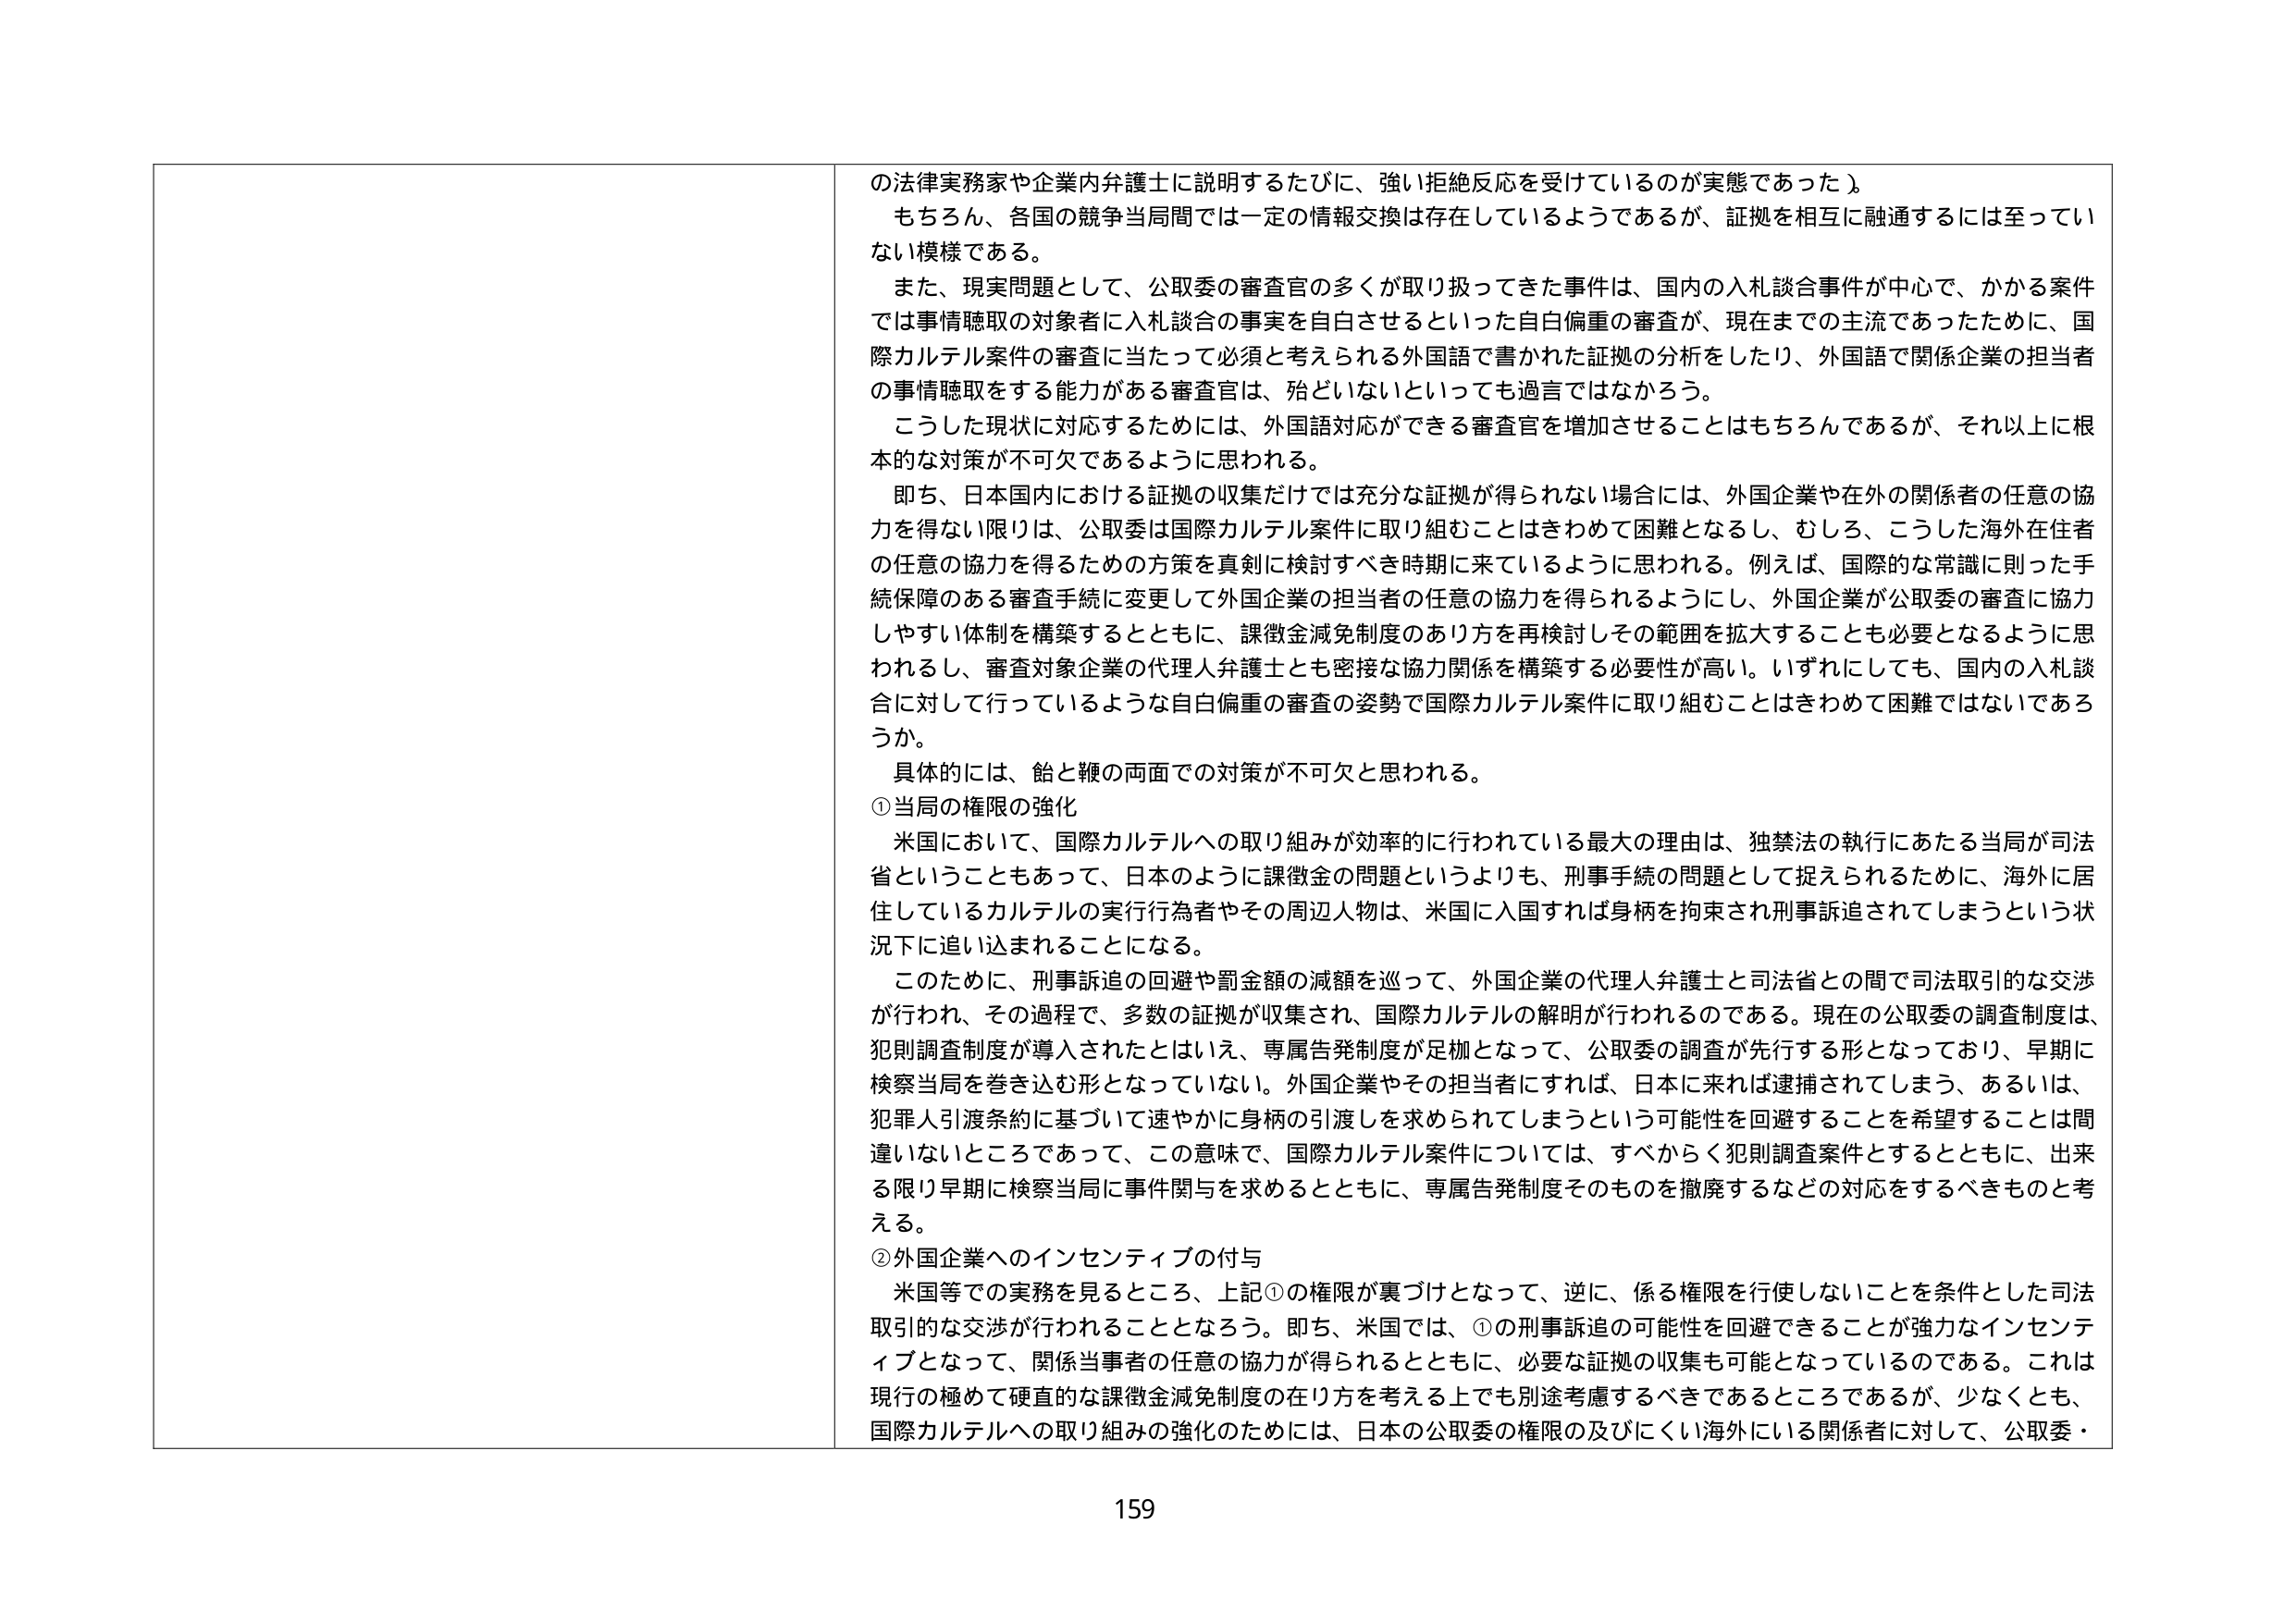
の法律実務家や企業内弁護士に説明するたびに、強い拒絶反応を受けているのが実態であった）。
もちろん、各国の競争当局間では一定の情報交換は存在しているようであるが、証拠を相互に融通するには至ってい
ない模様である。
また、現実問題として、公取委の審査官の多くが取り扱ってきた事件は、国内の入札談合事件が中心で、かかる案件
では事情聴取の対象者に入札談合の事実を自白させるといった自白偏重の審査が、現在までの主流であったために、国
際カルテル案件の審査に当たって必須と考えられる外国語で書かれた証拠の分析をしたり、外国語で関係企業の担当者
の事情聴取をする能力がある審査官は、殆どいないといっても過言ではなかろう。
こうした現状に対応するためには、外国語対応ができる審査官を増加させることはもちろんであるが、それ以上に根
本的な対策が不可欠であるように思われる。
即ち、日本国内における証拠の収集だけでは充分な証拠が得られない場合には、外国企業や在外の関係者の任意の協
力を得ない限りは、公取委は国際カルテル案件に取り組むことはきわめて困難となるし、むしろ、こうした海外在住者
の任意の協力を得るための方策を真剣に検討すべき時期に来ているように思われる。例えば、国際的な常識に則った手
続保障のある審査手続に変更して外国企業の担当者の任意の協力を得られるようにし、外国企業が公取委の審査に協力
しやすい体制を構築するとともに、課徴金減免制度のあり方を再検討しその範囲を拡大することも必要となるように思
われるし、審査対象企業の代理人弁護士とも密接な協力関係を構築する必要性が高い。いずれにしても、国内の入札談
合に対して行っているような自白偏重の審査の姿勢で国際カルテル案件に取り組むことはきわめて困難ではないであろ
うか。
具体的には、飴と鞭の両面での対策が不可欠と思われる。
①当局の権限の強化
米国において、国際カルテルへの取り組みが効率的に行われている最大の理由は、独禁法の執行にあたる当局が司法
省ということもあって、日本のように課徴金の問題というよりも、刑事手続の問題として捉えられるために、海外に居
住しているカルテルの実行行為者やその周辺人物は、米国に入国すれば身柄を拘束され刑事訴追されてしまうという状
況下に追い込まれることになる。
このために、刑事訴追の回避や罰金額の減額を巡って、外国企業の代理人弁護士と司法省との間で司法取引的な交渉
が行われ、その過程で、多数の証拠が収集され、国際カルテルの解明が行われるのである。現在の公取委の調査制度は、
犯則調査制度が導入されたとはいえ、専属告発制度が足枷となって、公取委の調査が先行する形となっており、早期に
検察当局を巻き込む形となっていない。外国企業やその担当者にすれば、日本に来れば逮捕されてしまう、あるいは、
犯罪人引渡条約に基づいて速やかに身柄の引渡しを求められてしまうという可能性を回避することを希望することは間
違いないところであって、この意味で、国際カルテル案件については、すべからく犯則調査案件とするとともに、出来
る限り早期に検察当局に事件関与を求めるとともに、専属告発制度そのものを撤廃するなどの対応をするべきものと考
える。
②外国企業へのインセンティブの付与
米国等での実務を見るところ、上記①の権限が裏づけとなって、逆に、係る権限を行使しないことを条件とした司法
取引的な交渉が行われることとなろう。即ち、米国では、①の刑事訴追の可能性を回避できることが強力なインセンテ
ィブとなって、関係当事者の任意の協力が得られるとともに、必要な証拠の収集も可能となっているのである。これは
現行の極めて硬直的な課徴金減免制度の在り方を考える上でも別途考慮するべきであるところであるが、少なくとも、
国際カルテルへの取り組みの強化のためには、日本の公取委の権限の及びにくい海外にいる関係者に対して、公取委・
159